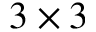
3 \times 3